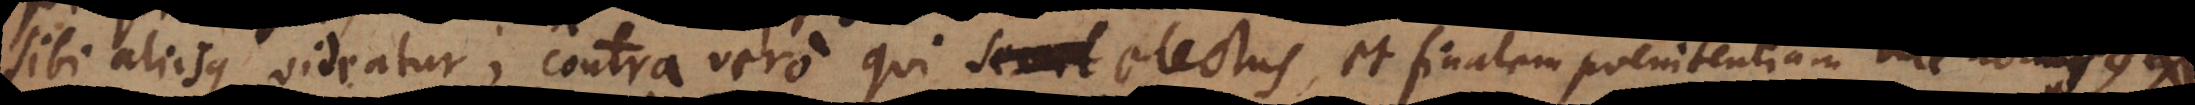
bi aliisque videatur; contra vero qui semel electus, et finalem poenitentiam